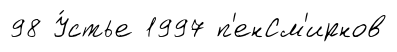
98 У́стье 1997 п'енСм'ирнов